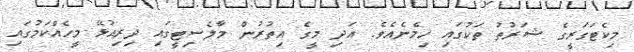
މިކެޓަގަރީގެ ޝަރުތު ތަކުގައި ހިމެނެއެވެ. އަދި މީގެ އިތުރުން މާލެސިޓީގައި ދިރިއުޅޭ މީހެއްކަމުގައި